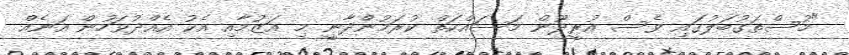
"މުސްތަގުބަލުގައި ވެސް އުރީދޫން މަސައްކަތް ކުރަމުންދާނީ މި އަޒުމާއި އެކު އެއްދުވަހުން އަނެއް